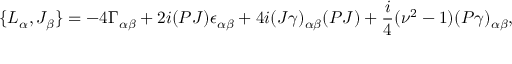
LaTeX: \{ { \cal L } _ { \alpha } , { \cal J } _ { \beta } \} = - 4 \Gamma _ { \alpha \beta } + 2 i ( P J ) \epsilon _ { \alpha \beta } + 4 i ( J \gamma ) _ { \alpha \beta } ( P J ) + \frac { i } { 4 } ( \nu ^ { 2 } - 1 ) ( P \gamma ) _ { \alpha \beta } ,